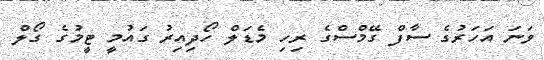
ވަނަ އަހަރުގެ ސާފް ގޭމްސްގެ ރިހި މެޑަލް ހޯދިއިރު ގައުމީ ޓީމުގެ ގޯލް